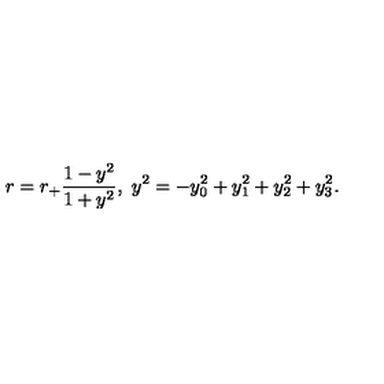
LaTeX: r = r _ { + } \frac { 1 - y ^ { 2 } } { 1 + y ^ { 2 } } , \ y ^ { 2 } = - y _ { 0 } ^ { 2 } + y _ { 1 } ^ { 2 } + y _ { 2 } ^ { 2 } + y _ { 3 } ^ { 2 } .